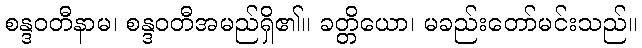
စန္ဒဝတီနာမ၊ စန္ဒဝတီအမည်ရှိ၏။ ခတ္တိယော၊ မခည်းတော်မင်းသည်။